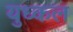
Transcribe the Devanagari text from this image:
युध्कल